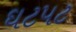
ઘટપટ